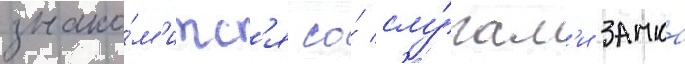
знако́м'итс'я со́ слу́гам'и замка